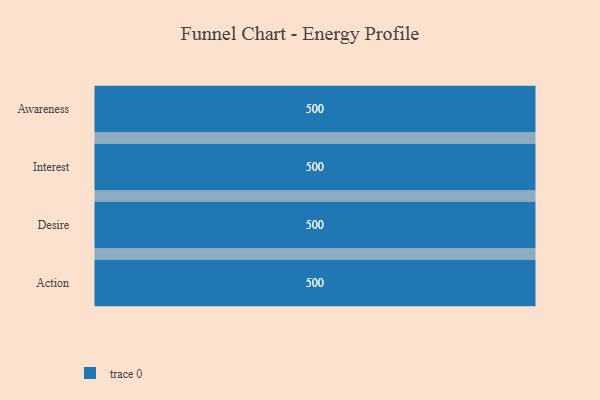
{"axis": {"x": "Stage", "y": "Value"}, "legend": [""], "data": [{"x": "Awareness", "y": 500, "type": ""}, {"x": "Interest", "y": 500, "type": ""}, {"x": "Desire", "y": 500, "type": ""}, {"x": "Action", "y": 500, "type": ""}]}